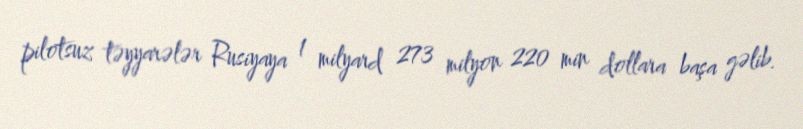
pilotsuz təyyarələr Rusiyaya 1 milyard 273 milyon 220 min dollara başa gəlib.